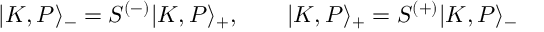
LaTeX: | K , P \rangle _ { - } = S ^ { ( - ) } | K , P \rangle _ { + } , \qquad | K , P \rangle _ { + } = S ^ { ( + ) } | K , P \rangle _ { - }